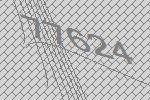
77624